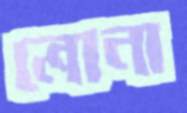
লোনা